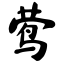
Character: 莺